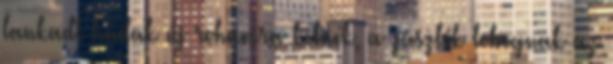
lankadt hadak új rohamra kelnek, a zászlók lobognak az